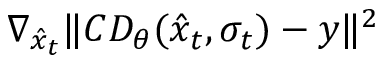
\nabla _ { \hat { x } _ { t } } \| C D _ { \theta } ( \hat { x } _ { t } , \sigma _ { t } ) - y \| ^ { 2 }